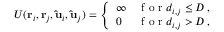
\begin{array} { r } { U ( \mathbf { r } _ { i } , \mathbf { r } _ { j } , \mathbf { \hat { u } } _ { i } , \mathbf { \hat { u } } _ { j } ) = \left\{ \begin{array} { l l } { \infty } & { \mathrm { ~ f ~ o ~ r ~ } d _ { i , j } \leq D \, , } \\ { 0 } & { \mathrm { ~ f ~ o ~ r ~ } d _ { i , j } > D \, , } \end{array} \right. } \end{array}